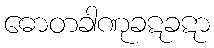
ဓောတခါဏုခဋခဋာ